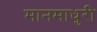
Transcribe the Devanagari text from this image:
मानमाधुरी